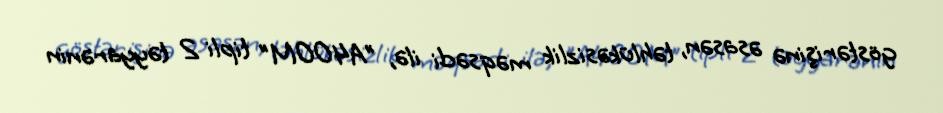
göstərişinə əsasən, təhlükəsizlik məqsədi ilə, "A400M" tipli 2 təyyarənin